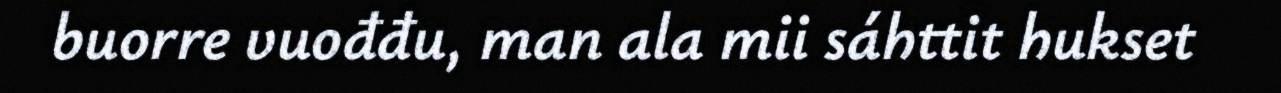
buorre vuođđu, man ala mii sáhttit hukset